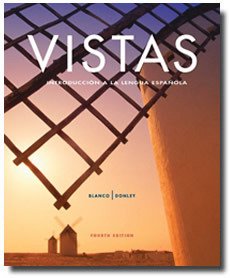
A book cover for Vistas, 4th Edition: IntroducciÃ³n a la lengua espaÃ±ola- Student Edition with Supersite Code; Jose A. Blanco; Reference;